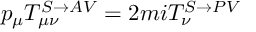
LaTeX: p _ { \mu } T _ { \mu \nu } ^ { S \rightarrow A V } = 2 m i T _ { \nu } ^ { S \rightarrow P V }